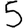
Digit: 5